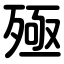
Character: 殛